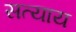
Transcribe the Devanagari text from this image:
सत्याय